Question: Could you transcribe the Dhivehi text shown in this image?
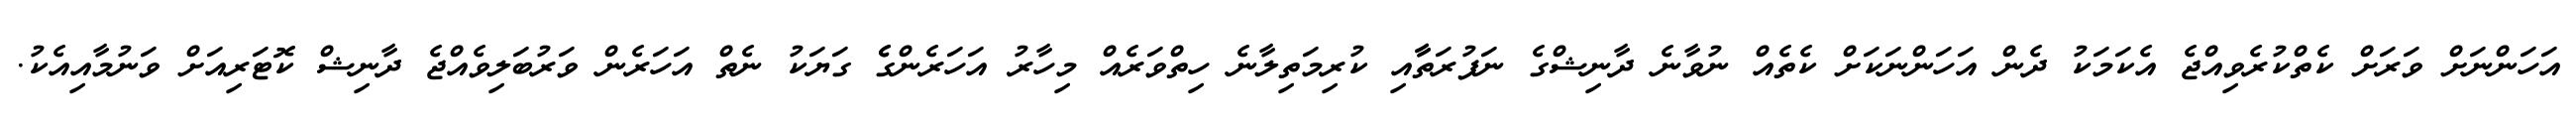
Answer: އަހަންނަށް ވަރަށް ކެތްކުރެވިއްޖެ އެކަމަކު ދެން އަހަންނަކަށް ކެތެއް ނުވާނެ ދާނިޝްގެ ނަފުރަތާާއި ކުރިމަތިލާނެ ހިތްވަރެއް މިހާރު އަހަރެންގެެ ގަޔަކު ނެތް އަހަރެން ވަރުބަލިވެއްޖެ ދާނިޝް ކޮޓަރިއަށް ވަނުމާއިއެކު.